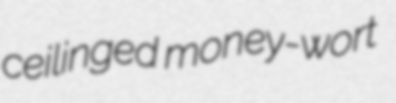
ceilinged money-wort